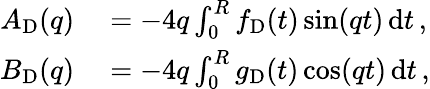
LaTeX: \begin{array}{rl}{A_{\mathrm{D}}(q)}&{{}=-4q\int_{0}^{R}f_{\mathrm{D}}(t)\sin(qt)\, \mathrm{d}t\, ,}\\ {B_{\mathrm{D}}(q)}&{{}=-4q\int_{0}^{R}g_{\mathrm{D}}(t)\cos(qt)\, \mathrm{d}t\, ,}\end{array}